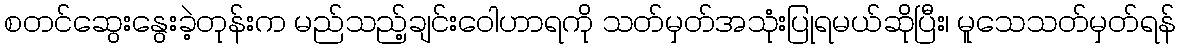
စတင်ဆွေးနွေးခဲ့တုန်းက မည်သည့်ချင်းဝေါဟာရကို သတ်မှတ်အသုံးပြုရမယ်ဆိုပြီး၊ မူသေသတ်မှတ်ရန်